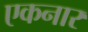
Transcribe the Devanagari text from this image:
एकनार